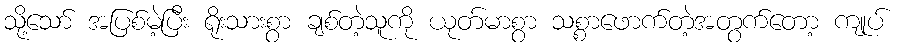
သို့သော် အပြစ်မဲ့ပြီး ရိုးသားစွာ ချစ်တဲ့သူကို ယုတ်မာစွာ သစ္စာဖောက်တဲ့အတွက်တော့ ကျုပ်